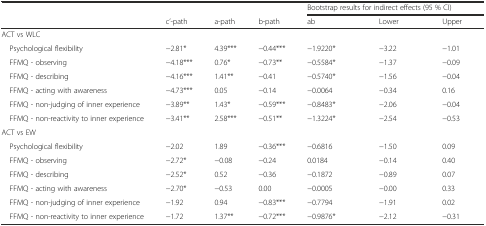
|  |  |  |  | <COLSPAN=3> Bootstrap results for indirect effects (95 % CI) |
 |  | c’-path | a-path | b-path | ab | Lower | Upper |
 | --- | --- | --- | --- | --- | --- | --- |
 | <COLSPAN=7> ACT vs WLC |
 | Psychological flexibility | −2.81* | 4.39*** | −0.44*** | −1.9220* | −3.22 | −1.01 |
 | FFMQ - observing | −4.18*** | 0.76* | −0.73** | −0.5584* | −1.37 | −0.09 |
 | FFMQ - describing | −4.16*** | 1.41** | −0.41 | −0.5740* | −1.56 | −0.04 |
 | FFMQ - acting with awareness | −4.73*** | 0.05 | −0.14 | −0.0064 | −0.34 | 0.16 |
 | FFMQ - non-judging of inner experience | −3.89** | 1.43* | −0.59*** | −0.8483* | −2.06 | −0.04 |
 | FFMQ - non-reactivity to inner experience | −3.41** | 2.58*** | −0.51** | −1.3224* | −2.54 | −0.53 |
 | <COLSPAN=7> ACT vs EW |
 | Psychological flexibility | −2.02 | 1.89 | −0.36*** | −0.6816 | −1.50 | 0.09 |
 | FFMQ - observing | −2.72* | −0.08 | −0.24 | 0.0184 | −0.14 | 0.40 |
 | FFMQ - describing | −2.52* | 0.52 | −0.36 | −0.1872 | −0.89 | 0.07 |
 | FFMQ - acting with awareness | −2.70* | −0.53 | 0.00 | −0.0005 | −0.00 | 0.33 |
 | FFMQ - non-judging of inner experience | −1.92 | 0.94 | −0.83*** | −0.7794 | −1.91 | 0.02 |
 | FFMQ - non-reactivity to inner experience | −1.72 | 1.37** | −0.72*** | −0.9876* | −2.12 | −0.31 |